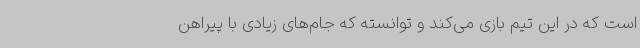
است که در این تیم بازی می‌کند و توانسته که جام‌های زیادی با پیراهن